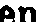
en